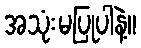
အသုံးမပြုပါနဲ့။